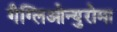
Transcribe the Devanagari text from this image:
गैग्लिओन्युरोमा